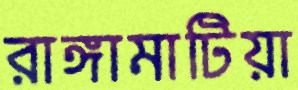
রাঙ্গামাটিয়া